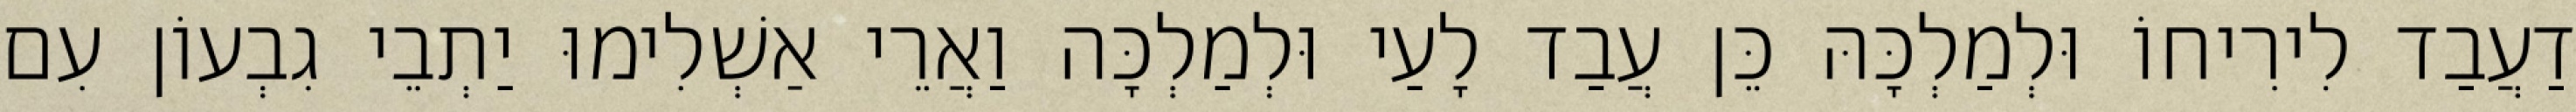
דַעֲבַד לִירִיחוֹ וּלְמַלְכָּהּ כֵּן עֲבַד לָעַי וּלְמַלְכָּה וַאֲרֵי אַשְׁלִימוּ יַתְבֵי גִבְעוֹן עִם